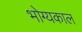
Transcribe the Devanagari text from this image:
भोग्यकाल